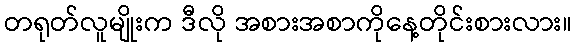
တရုတ်လူမျိုးက ဒီလို အစားအစာကိုနေ့တိုင်းစားလား။